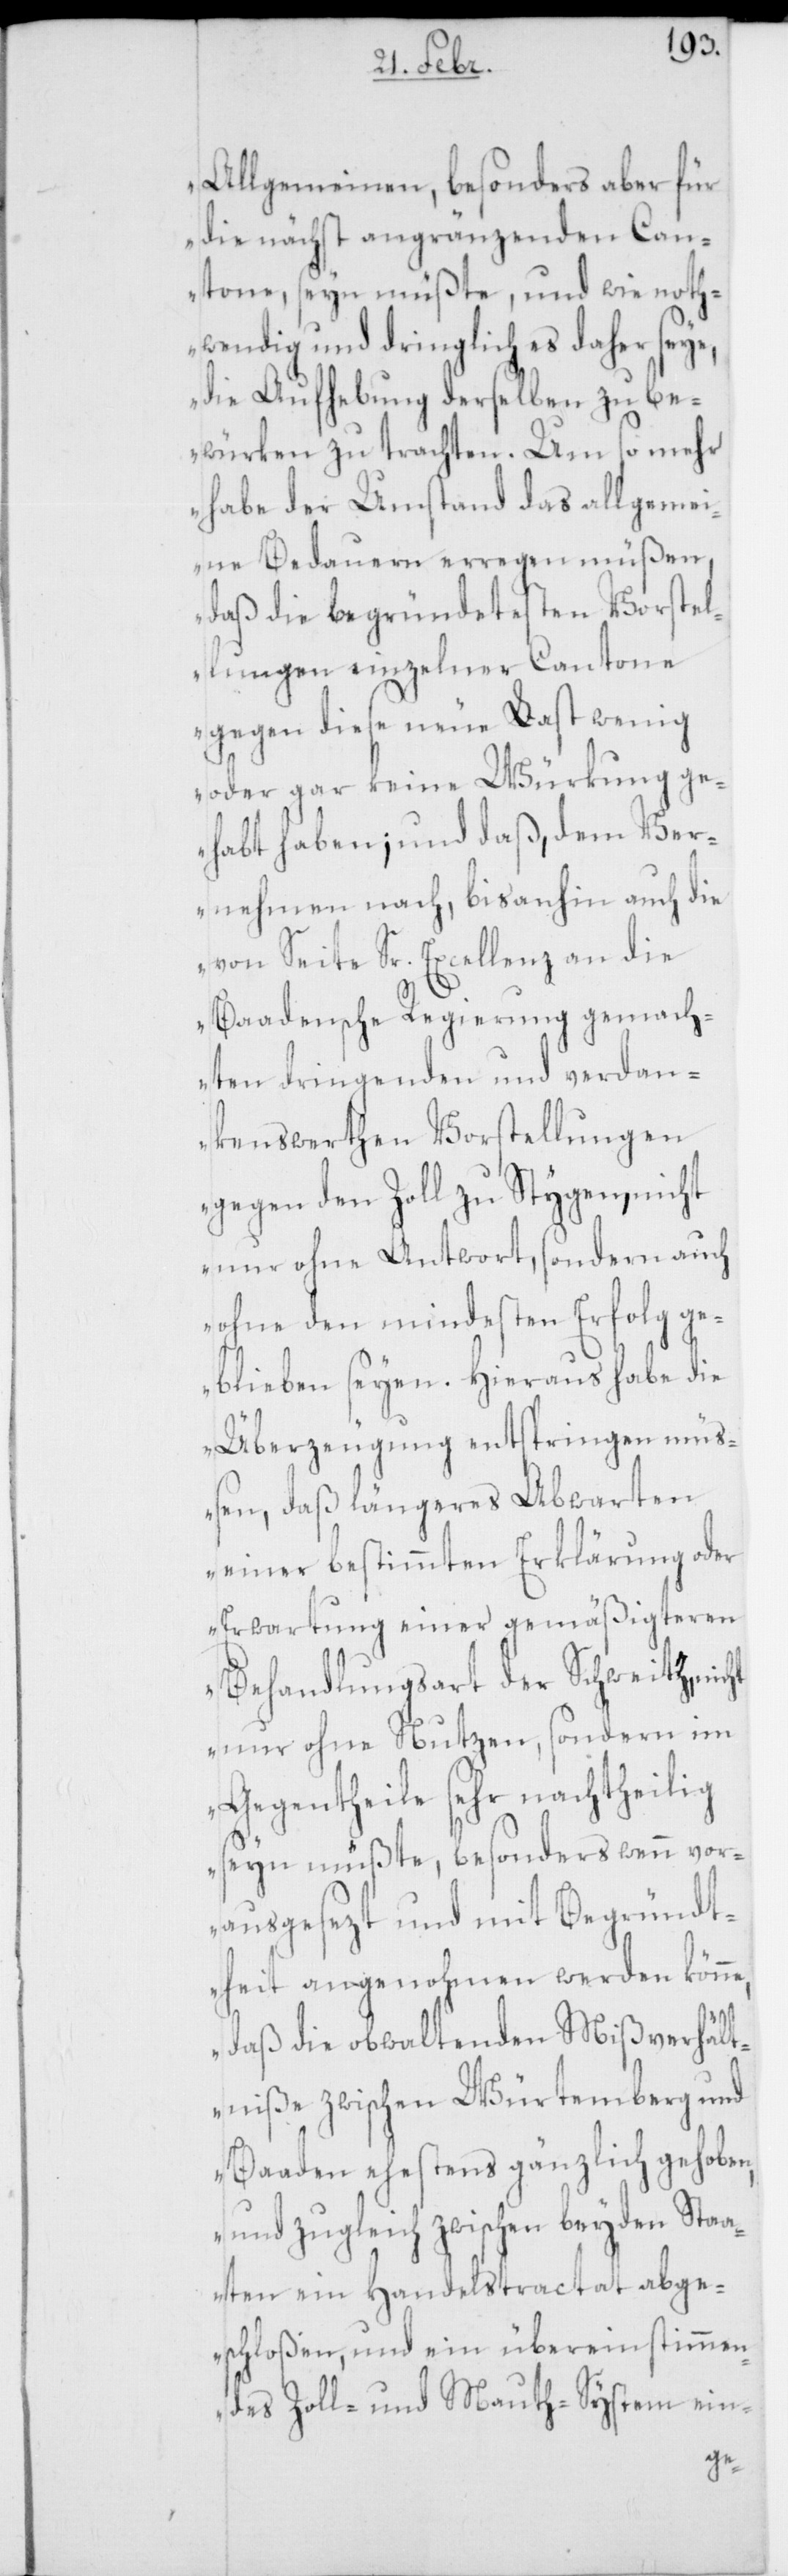
Allgemeinen, besonders aber für
die nächst angränzenden Can¬
tone seyn müßte, und wie noth¬
wendig und dringlich es daher seye,
die Aufhebung derselben zu be¬
würken zu trachten. Um so mehr
habe der Umstand das allgemei¬
ne Bedauern erregen müßen,
daß die begründetesten Vorstel¬
lungen einzelner Cantone
gegen diese neue Last wenig
oder gar keine Würkung ge¬
habt haben; und daß, dem Ver¬
nehmen nach, bis anhin auch die
von Seite Sr. Excellenz an die
Baadensche Regierung gemach¬
ten dringenden und verdan¬
kenswerthen Vorstellungen
gegen den Zoll zu Stygen, nicht
nur ohne Antwort, sondern auch
ohne den mindesten Erfolg ge¬
blieben seyen. Hieraus habe die
Überzeugung entspringen müß¬
en, daß längeres Abwarten
einer bestimmten Erklärung oder
Erwartung einer gemäßigteren
Behandlungsart der Schweitz, nicht
nur ohne Nutzen, sondern im
Gegentheile sehr nachtheilig
seyn müßte, besonders wenn vor¬
ausgesezt und mit Begründt¬
heit angenohmen werden könne,
daß die obwaltenden Mißverhält¬
niße zwischen Würtemberg und
Baaden ehestens gänzlich gehoben,
und zugleich zwischen beyden Staa¬
ten ein Handelstractat abge¬
schloßen, und ein übereinstimmen¬
des Zoll- und Mauth-System ein-